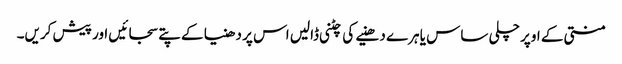
منتی کے اوپر چلی ساس یا ہرے دھنیے کی چٹنی ڈالیں اس پر دھنیا کے پتے سجائیں اور پیش کریں۔